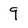
Character: 9